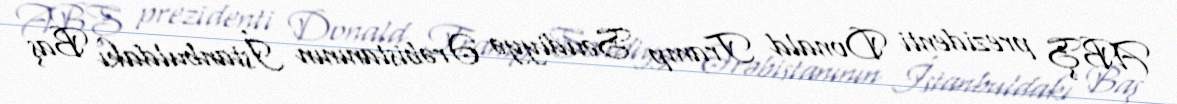
ABŞ prezidenti Donald Tramp Səudiyyə Ərəbistanının İstanbuldakı Baş